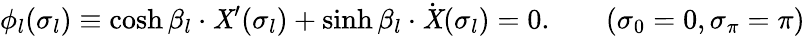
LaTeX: \phi_{l}(\sigma_{l})\equiv\cosh\beta_{l}\cdot\mathit{X}^{\prime}(\sigma_{l})+\sinh\beta_{l}\cdot\dot{{\mathit{X}}}(\sigma_{l})=0.\qquad(\sigma_{0}=0,\sigma_{\pi}=\pi)